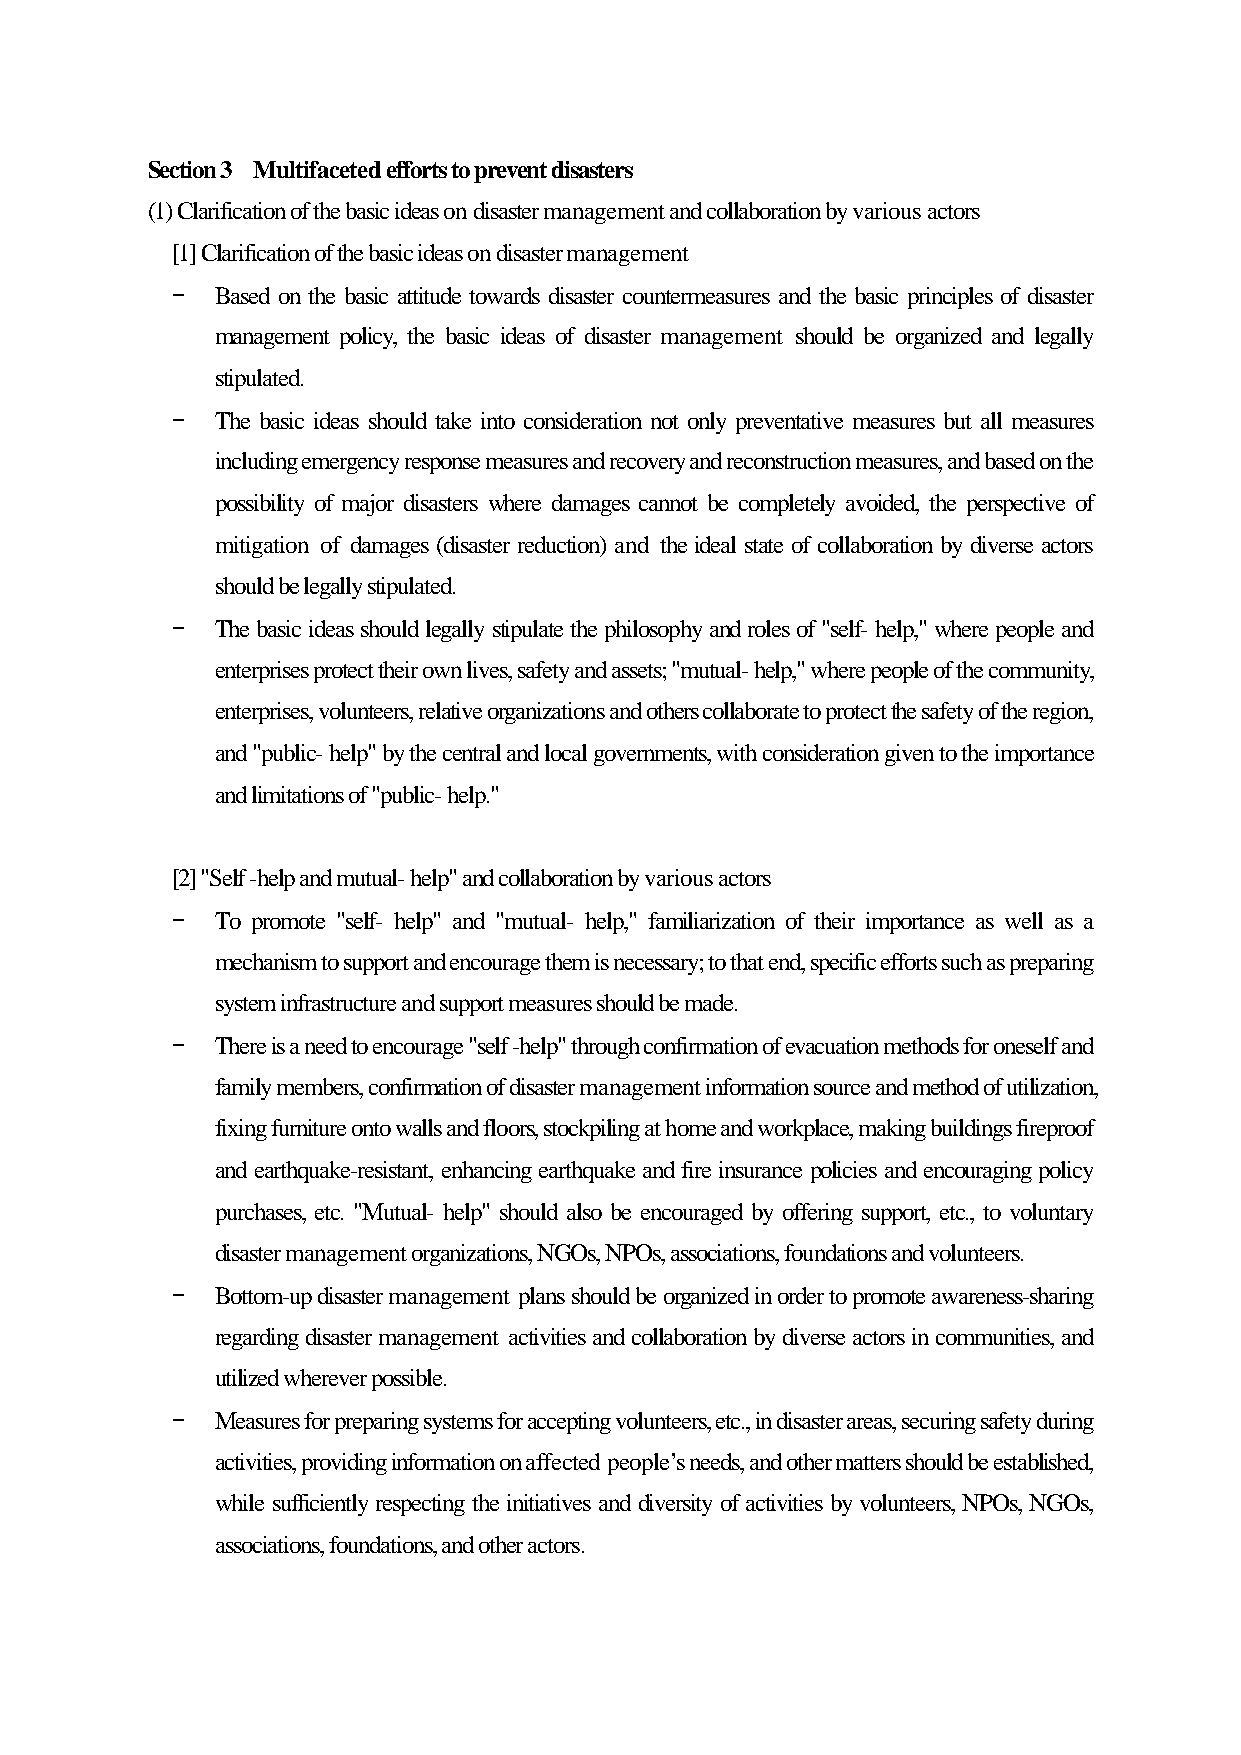
Section 3 Multifaceted efforts to prevent disasters
 (1) Clarification of the basic ideas on disaster management and collaboration by various actors
 [1] Clarification of the basic ideas on disaster management
 -  Based on the basic attitude towards disaster countermeasures and the basic principles of disaster
 management policy, the basic ideas of disaster management should be organized and legally
 stipulated.
 -  The basic ideas should take into consideration not only preventative measures but all measures
 including emergency response measures and recovery and reconstruction measures, and based on the
 possibility of major disasters where damages cannot be completely avoided, the perspective of
 mitigation of damages (disaster reduction) and the ideal state of collaboration by diverse actors
 should be legally stipulated.
 -  The basic ideas should legally stipulate the philosophy and roles of "self- help," where people and
 enterprises protect their own lives, safety and assets; "mutual- help," where people of the community,
 enterprises, volunteers, relative organizations and others collaborate to protect the safety of the region,
 and "public- help" by the central and local governments, with consideration given to the importance
 and limitations of "public- help."
 [2] "Self -help and mutual- help" and collaboration by various actors
 -  To promote "self- help" and "mutual- help," familiarization of their importance as well as a
 mechanism to support and encourage them is necessary; to that end, specific efforts such as preparing
 system infrastructure and support measures should be made.
 -  There is a need to encourage "self -help" through confirmation of evacuation methods for oneself and
 family members, confirmation of disaster management information source and method of utilization,
 fixing furniture onto walls and floors, stockpiling at home and workplace, making buildings fireproof
 and earthquake-resistant, enhancing earthquake and fire insurance policies and encouraging policy
 purchases, etc. "Mutual- help" should also be encouraged by offering support, etc., to voluntary
 disaster management organizations, NGOs, NPOs, associations, foundations and volunteers.
 -  Bottom-up disaster management plans should be organized in order to promote awareness-sharing
 regarding disaster management activities and collaboration by diverse actors in communities, and
 utilized wherever possible.
 -  Measures for preparing systems for accepting volunteers, etc., in disaster areas, securing safety during
 activities, providing information on affected people’s needs, and other matters should be established,
 while sufficiently respecting the initiatives and diversity of activities by volunteers, NPOs, NGOs,
 associations, foundations, and other actors.